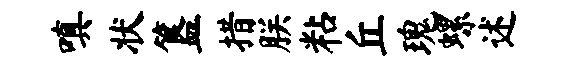
嗔状簋措朕粘丘瑰螺述